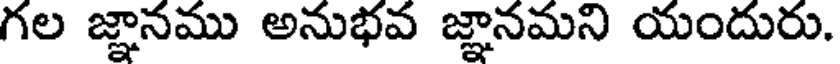
గల జ్ఞానము అనుభవ జ్ఞానమని యందురు.